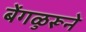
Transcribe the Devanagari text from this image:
बेंगळुरूने